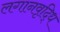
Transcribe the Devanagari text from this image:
लगानवृद्धि